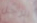
الرجل